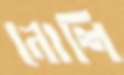
নোশি